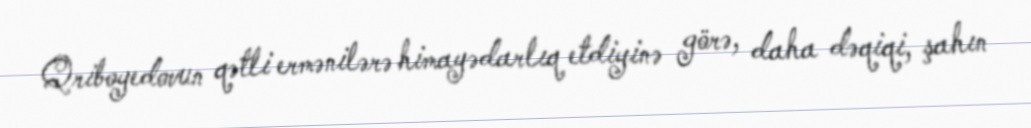
Qriboyedovun qətli ermənilərə himayədarlıq etdiyinə görə, daha dəqiqi, şahın